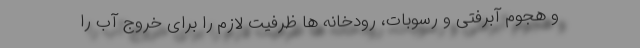
و هجوم آبرفتی و رسوبات، رودخانه ها ظرفیت لازم را برای خروج آب را